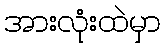
အားလုံးထဲမှာ